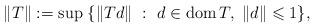
LaTeX: \begin{align*} \|T\|:=\sup \; \{ \|T d\|~: ~d\in \mbox{dom\,}T, \; \|d\| \leqslant 1 \}, \end{align*}